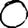
Digit: 0